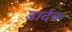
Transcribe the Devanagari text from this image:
डार्दक